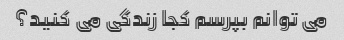
می توانم بپرسم کجا زندگی می کنید؟